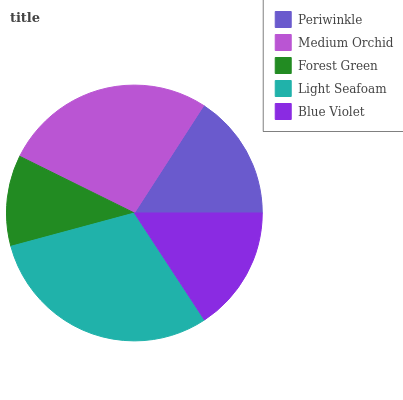
| Periwinkle | Medium Orchid | Forest Green | Light Seafoam | Blue Violet |
 | --- | --- | --- | --- | --- |
 | 15.9% | 26.9% | 11.5% | 30% | 15.8% |